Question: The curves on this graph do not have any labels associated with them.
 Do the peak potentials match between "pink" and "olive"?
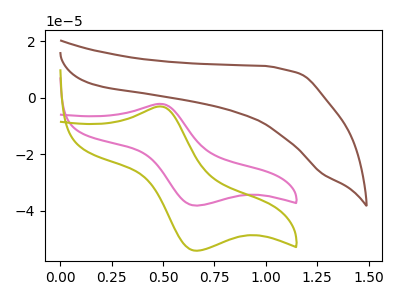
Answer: <think>The brown curve "brown" has no peaks. The pink curve "pink" has an anodic peak at (0.50V, -2.20uA) and a cathodic peak at (0.65V, -38.10uA). The olive curve "olive" has an anodic peak at (0.50V, -3.10uA) and a cathodic peak at (0.65V, -54.05uA).</think>
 <answer>Yes, "pink" have a peak in "olive" at the same potential.</answer>
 <eval>match</eval>